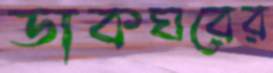
ডাকঘরের